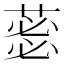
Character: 𮐜